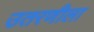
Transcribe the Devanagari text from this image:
उतरणीला